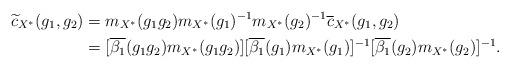
LaTeX: \begin{align*}\widetilde{c}_{ {X^{\ast}}}(g_1,g_2) &=m_{X^{\ast}}(g_1g_2) m_{X^{\ast}}(g_1)^{-1} m_{X^{\ast}}(g_2)^{-1}\overline{c}_{X^{\ast}}(g_1, g_2) \\&=[\overline{\beta_1}(g_1g_2)m_{X^{\ast}}(g_1g_2)] [\overline{\beta_1}(g_1)m_{X^{\ast}}(g_1)]^{-1} [\overline{\beta_1}(g_2)m_{X^{\ast}}(g_2)]^{-1}.\end{align*}